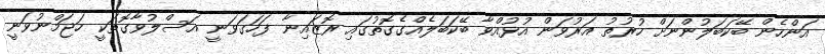
އަންހެން ބޭކަބަލުންނަށް ހުރުތު އަރުވަން އުޅުއްވާ ބޭކަބަލެއްގެގޮތުގައި ރޮޒައިނާ ފަހަގަވަނީ އަސްލުވާގޮތަކީ ހަޖަމްނުވަނީ